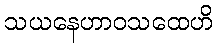
သယနေဟာဝသထေဟိ